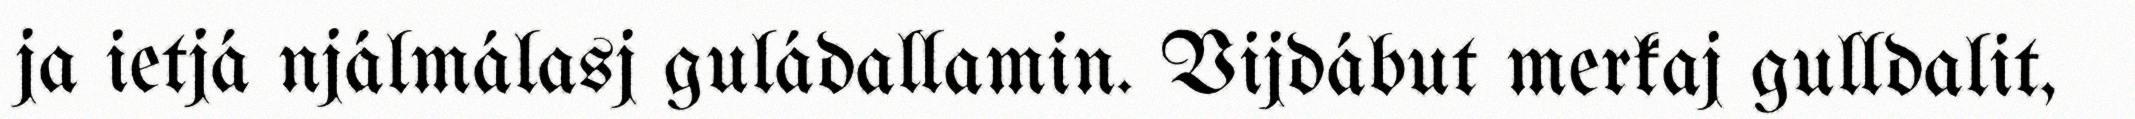
ja ietjá njálmálasj guládallamin. Vijdábut merkaj gulldalit,